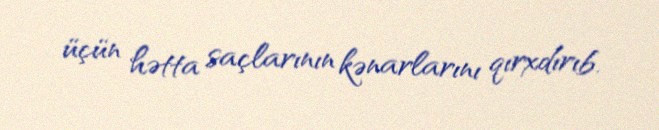
üçün hətta saçlarının kənarlarını qırxdırıb.